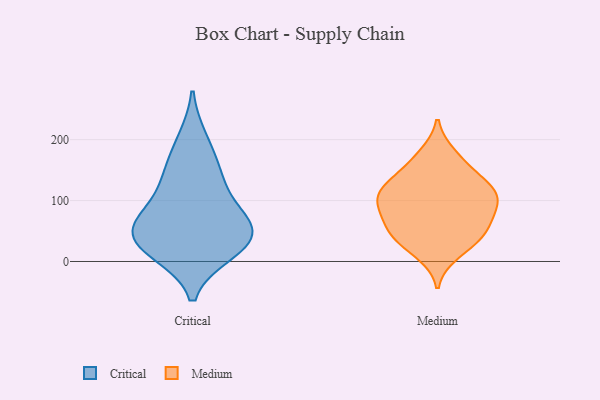
{"axis": {"x": "Operating Costs (USD K)", "y": "Value"}, "legend": ["Critical", "Medium"], "data": [{"x": "", "y": 63, "type": "Critical"}, {"x": "", "y": 57, "type": "Critical"}, {"x": "", "y": 22, "type": "Critical"}, {"x": "", "y": 24, "type": "Critical"}, {"x": "", "y": 153, "type": "Critical"}, {"x": "", "y": 200, "type": "Critical"}, {"x": "", "y": 53, "type": "Critical"}, {"x": "", "y": 15, "type": "Critical"}, {"x": "", "y": 136, "type": "Critical"}, {"x": "", "y": 103, "type": "Critical"}, {"x": "", "y": 57, "type": "Critical"}, {"x": "", "y": 95, "type": "Medium"}, {"x": "", "y": 49, "type": "Medium"}, {"x": "", "y": 165, "type": "Medium"}, {"x": "", "y": 136, "type": "Medium"}, {"x": "", "y": 105, "type": "Medium"}, {"x": "", "y": 176, "type": "Medium"}, {"x": "", "y": 78, "type": "Medium"}, {"x": "", "y": 51, "type": "Medium"}, {"x": "", "y": 116, "type": "Medium"}, {"x": "", "y": 13, "type": "Medium"}, {"x": "", "y": 132, "type": "Medium"}, {"x": "", "y": 120, "type": "Medium"}, {"x": "", "y": 27, "type": "Medium"}, {"x": "", "y": 102, "type": "Medium"}, {"x": "", "y": 43, "type": "Medium"}, {"x": "", "y": 60, "type": "Medium"}, {"x": "", "y": 90, "type": "Medium"}]}